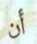
أن